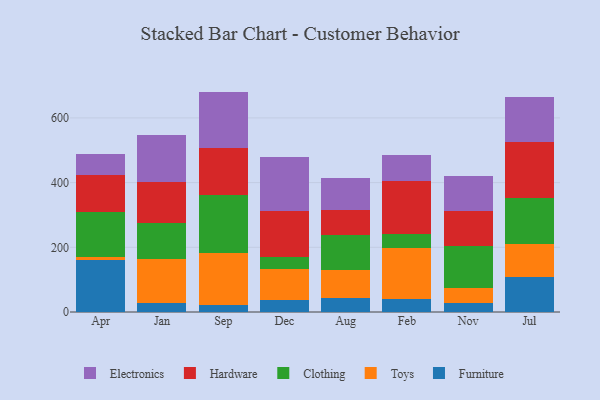
{"axis": {"x": "Month", "y": "Net Income (USD K)"}, "legend": ["Clothing", "Electronics", "Furniture", "Hardware", "Toys"], "data": [{"x": "Apr", "y": 162.2, "type": "Furniture"}, {"x": "Apr", "y": 7.1, "type": "Toys"}, {"x": "Apr", "y": 140.5, "type": "Clothing"}, {"x": "Apr", "y": 113.5, "type": "Hardware"}, {"x": "Apr", "y": 64.1, "type": "Electronics"}, {"x": "Jan", "y": 26.9, "type": "Furniture"}, {"x": "Jan", "y": 136.6, "type": "Toys"}, {"x": "Jan", "y": 110.7, "type": "Clothing"}, {"x": "Jan", "y": 126.2, "type": "Hardware"}, {"x": "Jan", "y": 145.8, "type": "Electronics"}, {"x": "Sep", "y": 21.5, "type": "Furniture"}, {"x": "Sep", "y": 161.0, "type": "Toys"}, {"x": "Sep", "y": 178.3, "type": "Clothing"}, {"x": "Sep", "y": 144.8, "type": "Hardware"}, {"x": "Sep", "y": 175.7, "type": "Electronics"}, {"x": "Dec", "y": 35.9, "type": "Furniture"}, {"x": "Dec", "y": 96.8, "type": "Toys"}, {"x": "Dec", "y": 38.5, "type": "Clothing"}, {"x": "Dec", "y": 142.1, "type": "Hardware"}, {"x": "Dec", "y": 165.4, "type": "Electronics"}, {"x": "Aug", "y": 44.2, "type": "Furniture"}, {"x": "Aug", "y": 86.4, "type": "Toys"}, {"x": "Aug", "y": 107.1, "type": "Clothing"}, {"x": "Aug", "y": 76.5, "type": "Hardware"}, {"x": "Aug", "y": 101.3, "type": "Electronics"}, {"x": "Feb", "y": 41.1, "type": "Furniture"}, {"x": "Feb", "y": 158.2, "type": "Toys"}, {"x": "Feb", "y": 40.4, "type": "Clothing"}, {"x": "Feb", "y": 165.2, "type": "Hardware"}, {"x": "Feb", "y": 81.2, "type": "Electronics"}, {"x": "Nov", "y": 28.2, "type": "Furniture"}, {"x": "Nov", "y": 46.0, "type": "Toys"}, {"x": "Nov", "y": 130.5, "type": "Clothing"}, {"x": "Nov", "y": 107.5, "type": "Hardware"}, {"x": "Nov", "y": 107.9, "type": "Electronics"}, {"x": "Jul", "y": 108.7, "type": "Furniture"}, {"x": "Jul", "y": 102.4, "type": "Toys"}, {"x": "Jul", "y": 140.5, "type": "Clothing"}, {"x": "Jul", "y": 173.4, "type": "Hardware"}, {"x": "Jul", "y": 139.3, "type": "Electronics"}]}